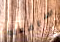
سافعله